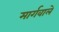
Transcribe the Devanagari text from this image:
मार्गवाले